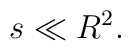
s\ll R^{2}.